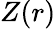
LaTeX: Z(r)